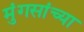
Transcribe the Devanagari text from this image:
मुंगसांच्या